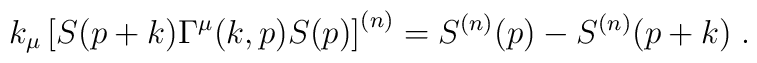
k_{\mu}\left[S(p+k)\Gamma^{\mu}(k,p)S(p)\right]^{(n)}=S^{(n)}(p)-S^{(n)}(p+k)\; .